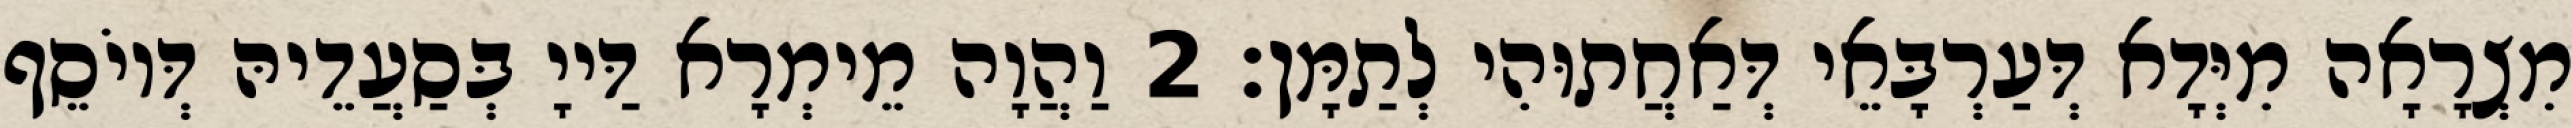
מִצְרָאָה מִיְּדָא דְּעַרְבָּאֵי דְּאַחֲתוּהִי לְתַמָּן׃ 2 וַהֲוָה מֵימְרָא דַּייָ בְּסַעֲדֵיהּ דְּיוֹסֵף